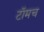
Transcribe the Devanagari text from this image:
टॉमच